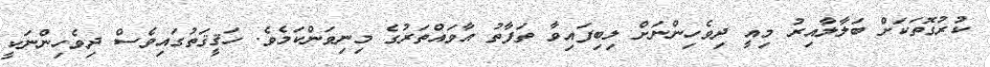
ކުރުގޮތަކަށް ބަލާލާއިރު މިއީ ދިވެހިންނަށް ލިބިފައިވާ ތަފާތު އާވައްތަރުގެ މިނިވަންކަމެވެ. ހަޤީޤަތުގައިވެސް ދިވެހިންނަކީ